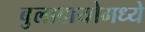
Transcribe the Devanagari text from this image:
बुलावायोमध्ये